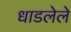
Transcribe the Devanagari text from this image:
धाडलेले